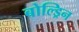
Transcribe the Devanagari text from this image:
बोल्ड्रिन